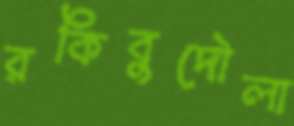
রকিবুদৌলা